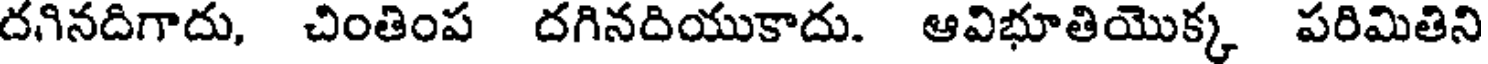
దగినదిగాదు, చింతింప దగినదియుకాదు. ఆవిభూతియొక్క పరిమితిని